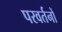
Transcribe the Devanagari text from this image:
परवर्तनों